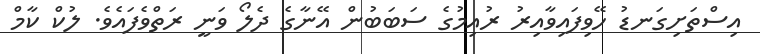
އިސްތަށިގަނޑު ހޭވިފައިވާއިރު ރުއިމުގެ ސަބަބުން އޭނާގެ ދެލޯ ވަނީ ރަތްވެފައެވެ. ލުކް ކާމް